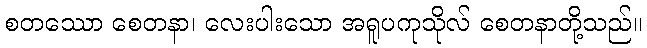
စတဿော စေတနာ၊ လေးပါးသော အရူပကုသိုလ် စေတနာတို့သည်။